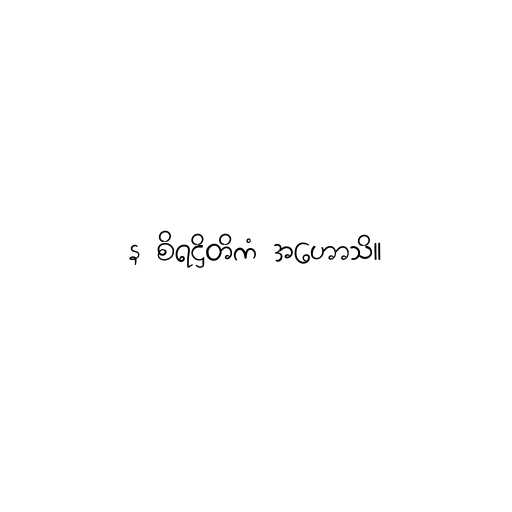
န စိရဋ္ဌိတိကံ အဟောသိ။